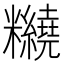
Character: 𥽵